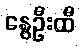
နွေဦးထီ